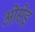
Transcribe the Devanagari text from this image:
ओसेइ